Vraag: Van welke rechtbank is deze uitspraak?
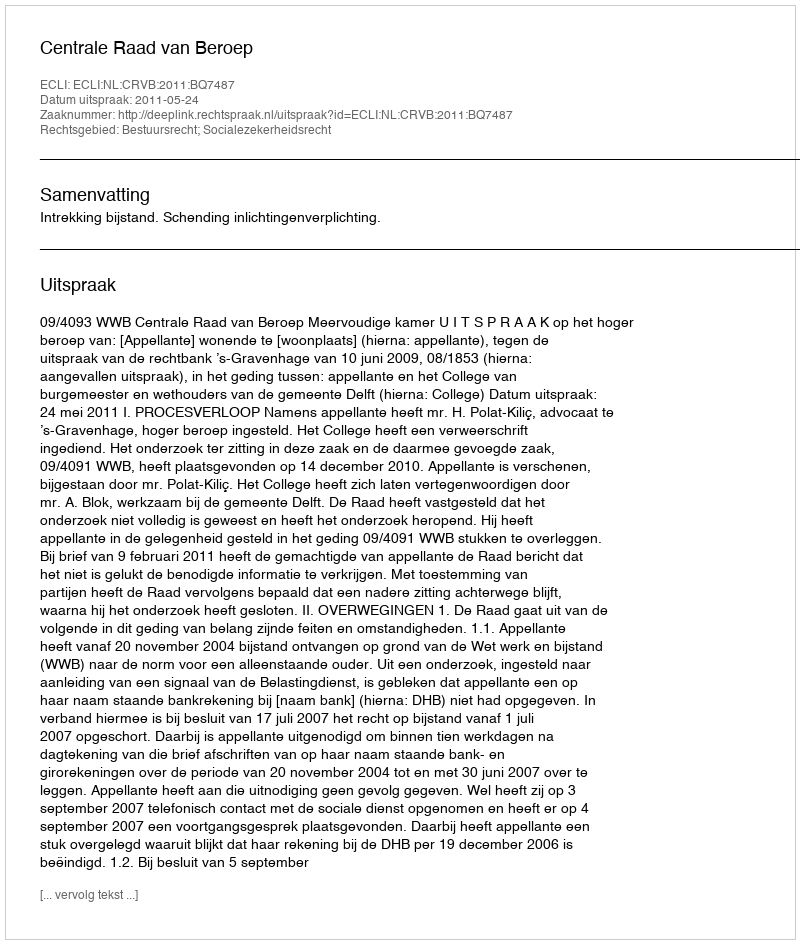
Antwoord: Centrale Raad van Beroep